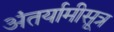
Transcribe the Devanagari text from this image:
अंतर्यामीसूत्र